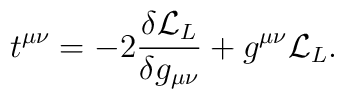
t^{\mu\nu} = -2{\delta{\cal L}_L\over\delta g_{\mu\nu}} + g^{\mu\nu} {\cal L}_L.